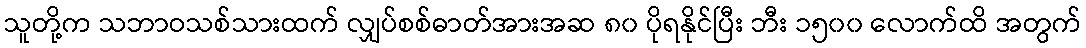
သူတို့က သဘာဝသစ်သားထက် လျှပ်စစ်ဓာတ်အားအဆ ၈၀ ပိုရနိုင်ပြီး ဘီး ၁၅၀၀ လောက်ထိ အတွက်